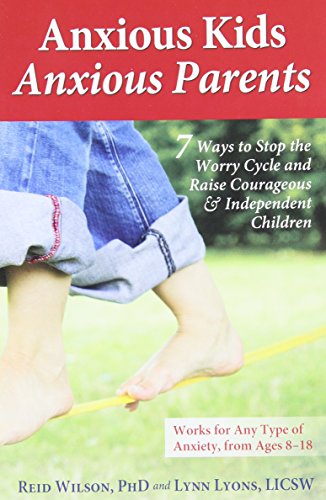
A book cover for Anxious Kids, Anxious Parents: 7 Ways to Stop the Worry Cycle and Raise Courageous and Independent Children; Reid Wilson  PhD; Parenting & Relationships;